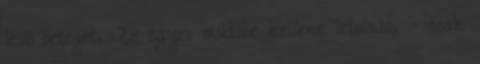
lévő beteget. Az egyes műtőbe kellene letolnia. – csak